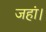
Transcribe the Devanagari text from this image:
जहां।